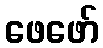
ဖေဖော်